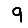
Digit: 9